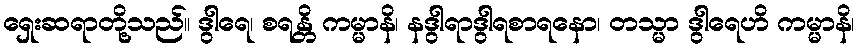
ရှေးဆရာတို့သည်။ ဒွါရေ၊ စရန္တိ ကမ္မာနိ၊ နဒွါရာဒွါရစာရနော၊ တသ္မာ ဒွါရေဟိ ကမ္မာနိ၊